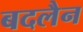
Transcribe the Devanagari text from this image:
बदलैन